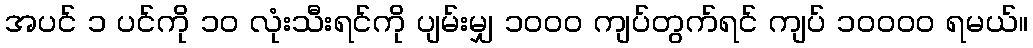
အပင် ၁ ပင်ကို ၁၀ လုံးသီးရင်ကို ပျမ်းမျှ ၁၀၀၀ ကျပ်တွက်ရင် ကျပ် ၁၀၀၀၀ ရမယ်။